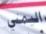
اليمني